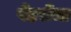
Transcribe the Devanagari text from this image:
पेंडसेंचा